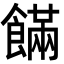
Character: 𩞘